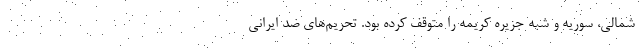
شمالی، سوریه و شبه جزیره کریمه را متوقف کرده بود. تحریم‌های ضد ایرانی